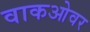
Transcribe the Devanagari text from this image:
वाकओवर